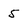
Character: 5